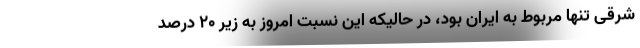
شرقی تنها مربوط به ایران بود، در حالیکه این نسبت امروز به زیر ۲۰ درصد